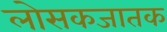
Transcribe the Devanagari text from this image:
लोसकजातक